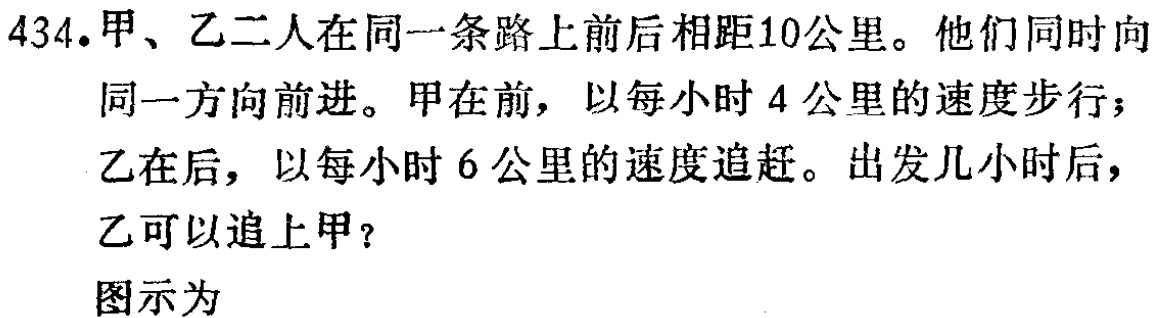
434.甲、乙二人在同一条路上前后相距10公里。他们同时向同一方向前进。甲在前，以每小时4公里的速度步行；乙在后，以每小时6公里的速度追赶。出发几小时后，乙可以追上甲？

图示为